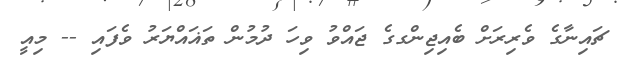
ޗައިނާގެ ވެރިރަށް ބެއިޖިންގގެ ޖައްވު ވިހަ ދުމުން ތަޣައްޔަރު ވެފައި -- މިއީ